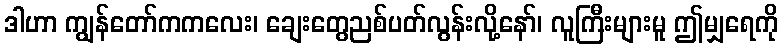
ဒါဟာ ကျွန်တော်ကကလေး၊ ချေးတွေညစ်ပတ်လွန်းလို့နော်၊ လူကြီးများမူ ဤမျှရေကို